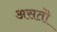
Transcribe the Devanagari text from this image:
असतॊ